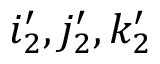
i _ { 2 } ^ { \prime } , j _ { 2 } ^ { \prime } , k _ { 2 } ^ { \prime }